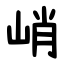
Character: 峭